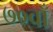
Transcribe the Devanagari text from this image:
७०वाँ